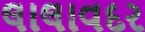
લાલાવદર